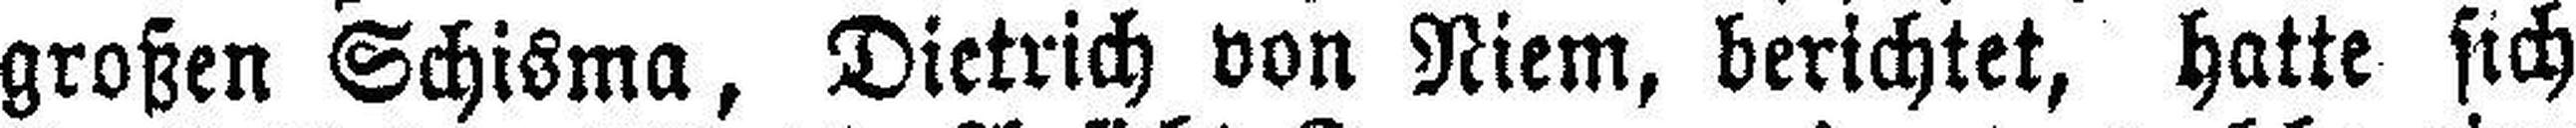
großen Schisma, Dietrich von Niem, berichtet, hatte sich